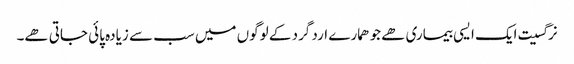
نرگسیت ایک ایسی بیماری ھے جو ھمارے ارد گرد کے لوگوں میں سب سے زیادہ پائی جاتی ھے۔